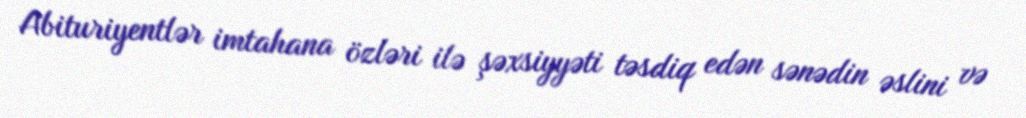
Abituriyentlər imtahana özləri ilə şəxsiyyəti təsdiq edən sənədin əslini və